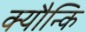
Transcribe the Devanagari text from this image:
क्यौन्कि